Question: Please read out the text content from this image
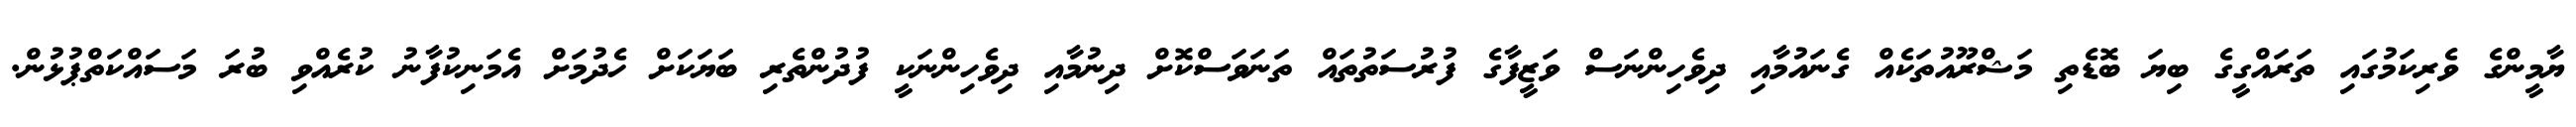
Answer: ޔާމީންގެ ވެރިކަމުގައި ތަރައްގީގެ ބިޔަ ބޮޑެތި މަޝްރޫއުތަކެއް ގެނައުމާއި ދިވެހިންނަސް ވަޒީފާގެ ފުރުސަތުތައް ތަނަވަސްކޮށް ދިނުމާއި ދިވެހިންނަކީ ފުދުންތެރި ބަޔަކަށް ހެދުމަށް އެމަނިކުފާނު ކުރެއްވި ބުރަ މަސައްކަތްޕުޅުން.